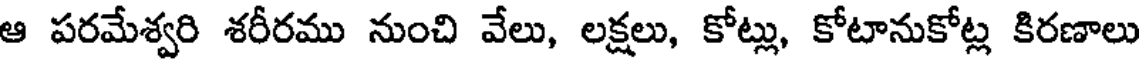
ఆ పరమేశ్వరి శరీరము నుంచి వేలు, లక్షలు, కోట్లు, కోటానుకోట్ల కిరణాలు